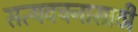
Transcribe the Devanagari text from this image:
सत्यवचनासाठी